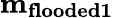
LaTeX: \mathbf{m_{flooded1}}